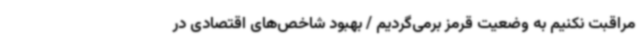
مراقبت نکنیم به وضعیت قرمز برمی‌گردیم / بهبود شاخص‌های اقتصادی در